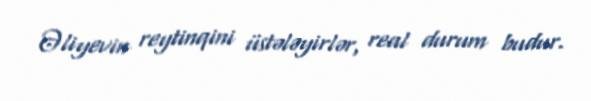
Əliyevin reytinqini üstələyirlər, real durum budur.